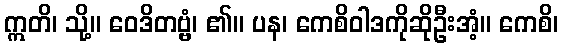
ဣတိ၊ သို့။ ဝေဒိတဗ္ဗံ၊ ၏။ ပန၊ ကေစိဝါဒကိုဆိုဦးအံ့။ ကေစိ၊